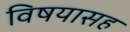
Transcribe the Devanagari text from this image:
विषयासह